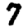
Digit: 7